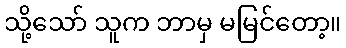
သို့သော် သူက ဘာမှ မမြင်တော့။